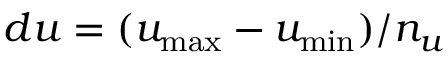
d u = ( u _ { \operatorname* { m a x } } - u _ { \operatorname* { m i n } } ) / n _ { u }